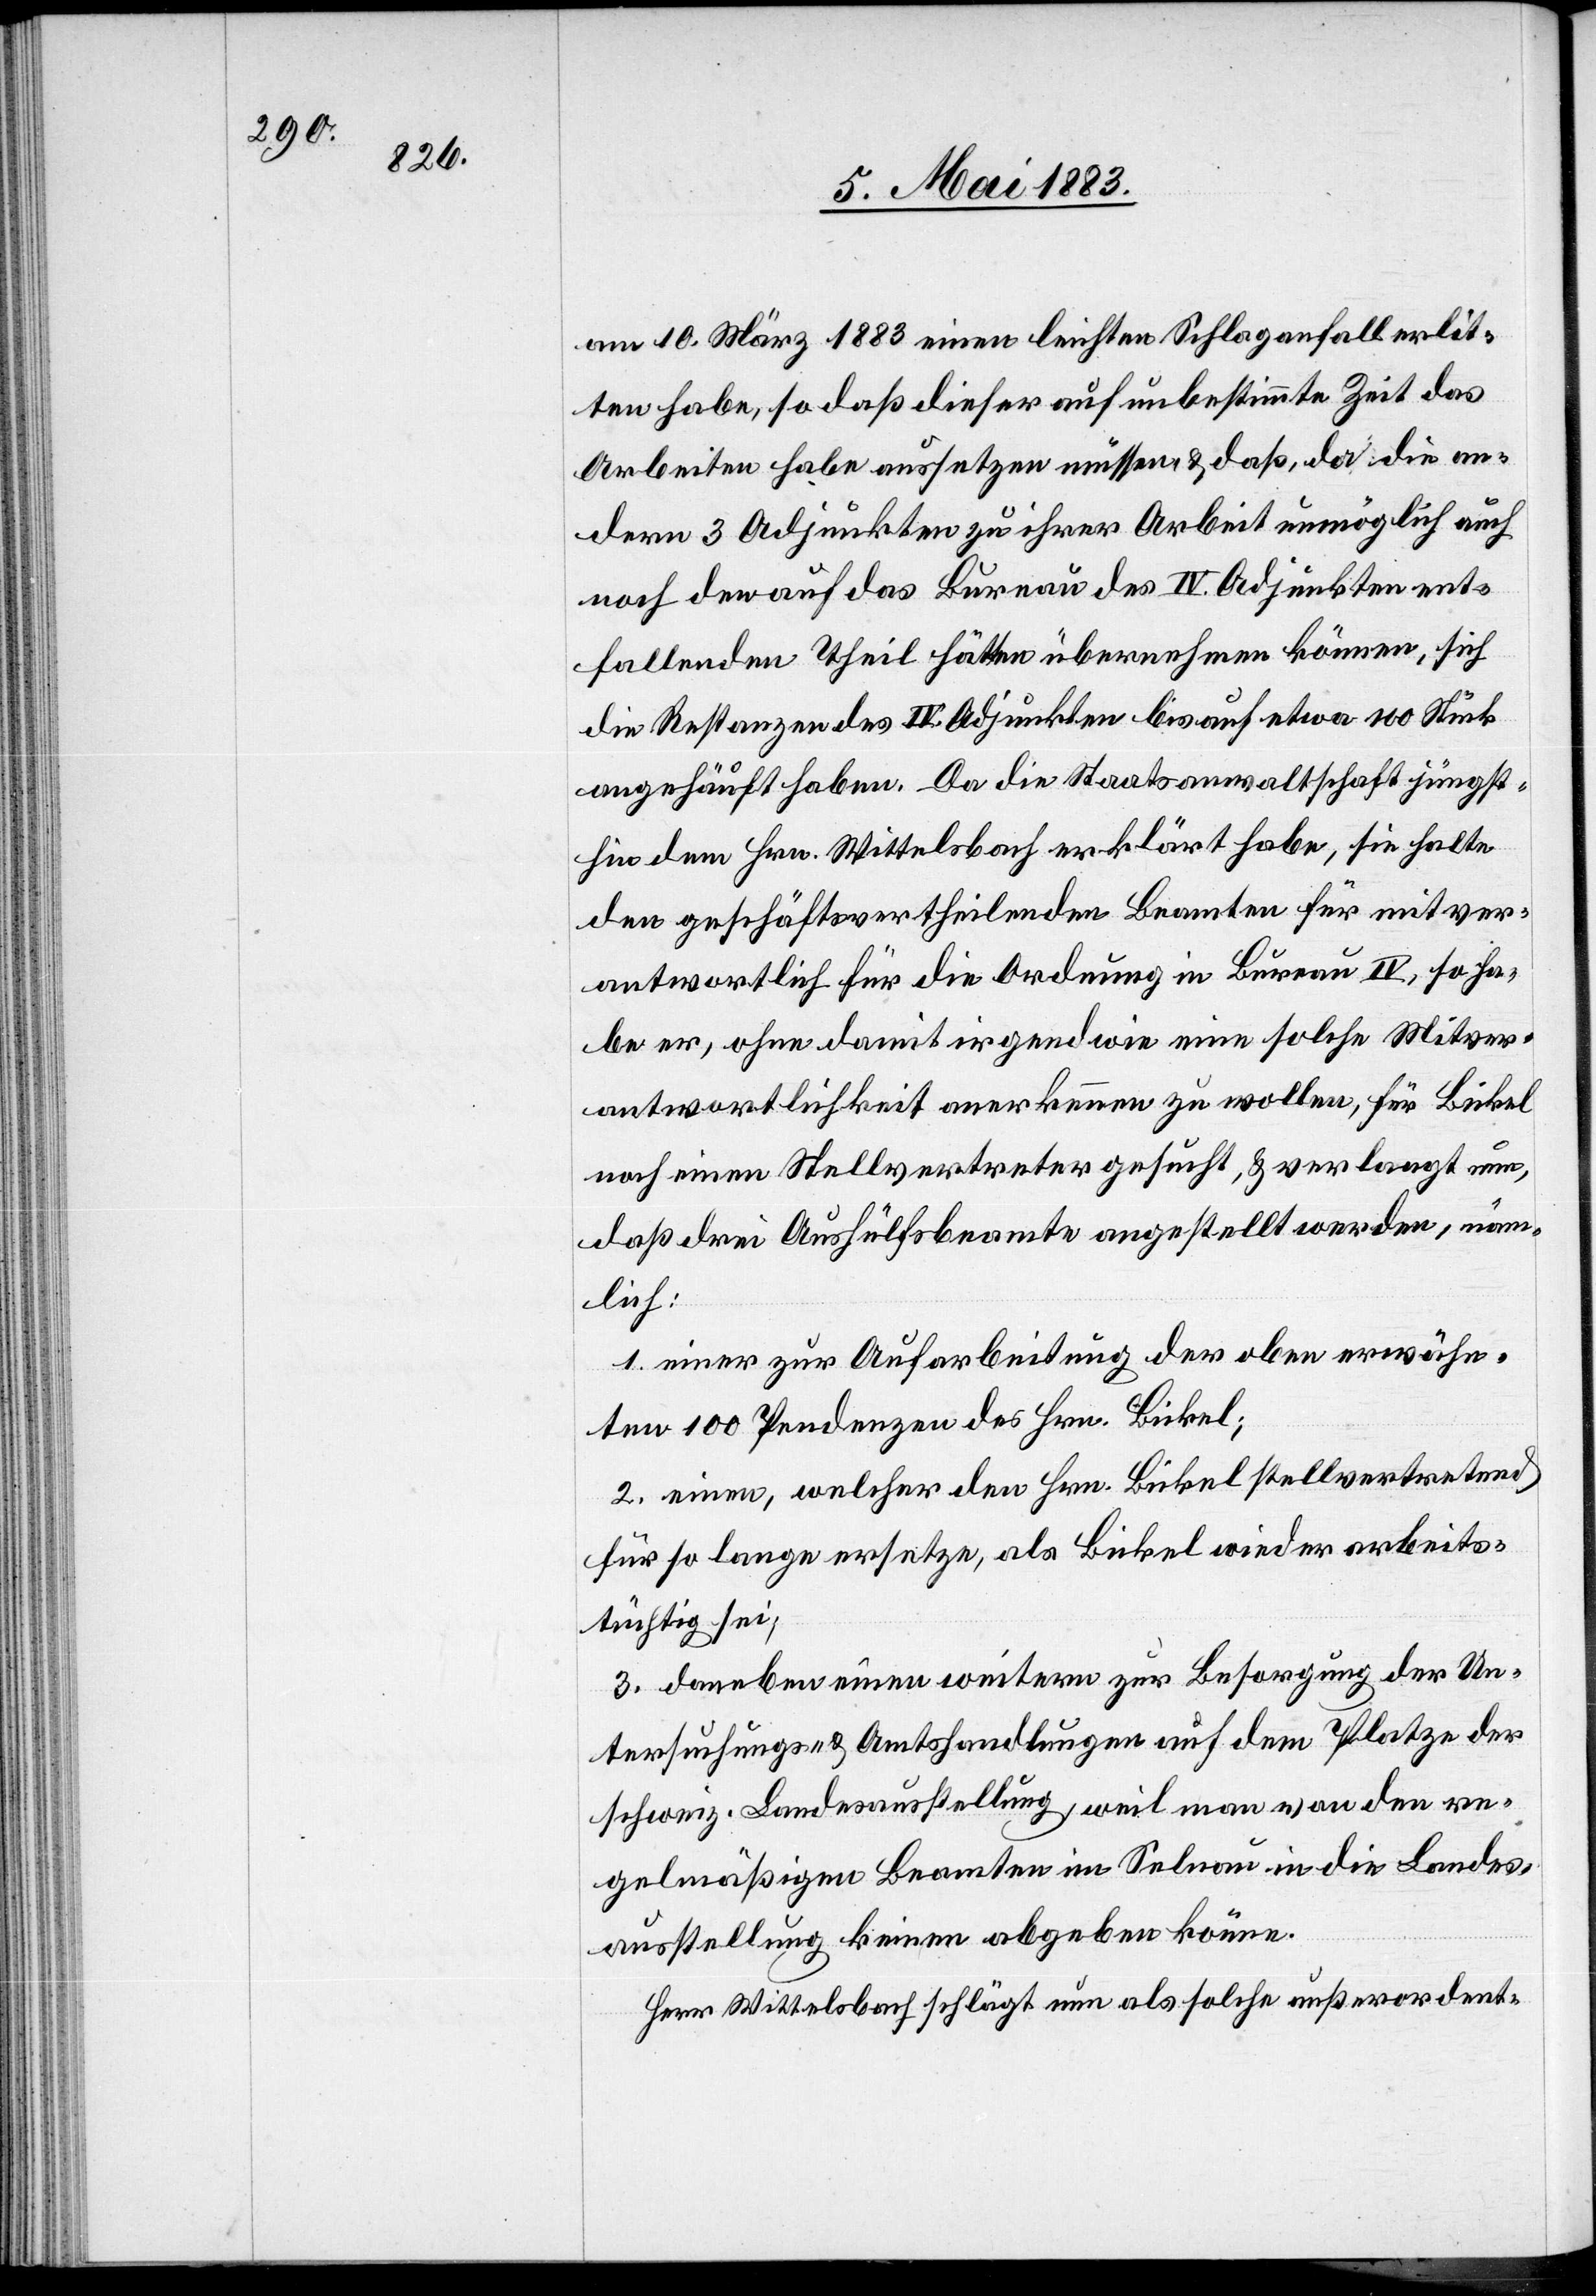
am 10. März 1883 einen leichten Schlaganfall erlit¬
ten habe, so daß dieser auf unbestimmte Zeit das
Arbeiten habe aussetzen müssen & daß, da die an¬
dern 3 Adjunkten zu ihrer Arbeit unmöglich auch
noch den auf das Bureau des IV. Adjunkten ent¬
fallenden Theil hätten übernehmen können, sich
die Restanzen des IV. Adjunkten bis auf etwa 100 Stück
angehäuft haben. Da die Staatsanwaltschaft jüngst¬
hin dem Hrn. Wittelsbach erklärt habe, sie halte
den geschäftsvertheilenden Beamten für mitver¬
antwortlich für die Ordnung in Bureau IV, so ha¬
be er, ohne damit irgendwie eine solche Mitver¬
antwortlichkeit anerkennen zu wollen, für Bickel
noch einen Stellvertreter gesucht, & verlangt nun,
daß drei Aushülfsbeamte angestellt werden, näm¬
lich:
1. einer zur Aufarbeitung der oben erwähn¬
ten 100 Pendenzen des Hrn. Bickel;
2. einen, welcher den Hrn. Bickel stellvertretend
für so lange ersetze, als Bickel wieder arbeits¬
tüchtig sei;
3. daneben einen weitern zur Besorgung der Un¬
tersuchungs- & Amtshandlungen auf dem Platze der
schweiz. Landesausstellung, weil man von den re¬
gelmäßigen Beamten im Selnau in die Landes¬
ausstellung keinen abgeben könne.
Herr Wittelsbach schlägt nun als solche außeordent-